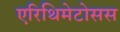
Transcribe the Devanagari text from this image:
एरिथिमेटोसस